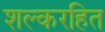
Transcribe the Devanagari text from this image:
शल्करहित